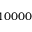
1 0 0 0 0